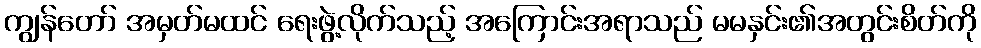
ကျွန်တော် အမှတ်မထင် ရေးဖွဲ့လိုက်သည့် အကြောင်းအရာသည် မမနှင်း၏အတွင်းစိတ်ကို